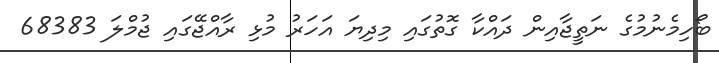
ބޯހިމެނުމުގެ ނަތީޖާއިން ދައްކާ ގޮތުގައި މިދިޔަ އަހަރު މުޅި ރާއްޖޭގައި ޖުމްލަ 68383